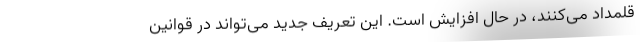
قلمداد می‌کنند، در حال افزایش است. این تعریف جدید می‌تواند در قوانین